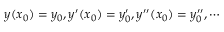
y ( x _ { 0 } ) = y _ { 0 } , y ^ { \prime } ( x _ { 0 } ) = y _ { 0 } ^ { \prime } , y ^ { \prime \prime } ( x _ { 0 } ) = y _ { 0 } ^ { \prime \prime } , \cdots